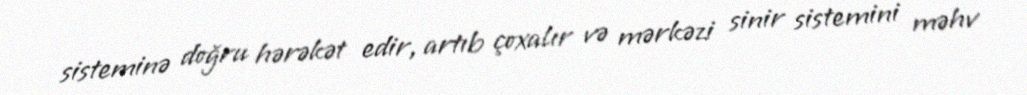
sisteminə doğru hərəkət edir, artıb çoxalır və mərkəzi sinir sistemini məhv